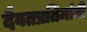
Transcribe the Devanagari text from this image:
दैवतप्रतिमांनी